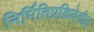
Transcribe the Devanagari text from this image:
निर्मितिप्रक्रियेतील